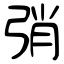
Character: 弰